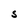
Character: S